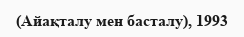
(Айақталу мен басталу), 1993